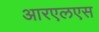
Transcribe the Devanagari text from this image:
आरएलएस